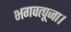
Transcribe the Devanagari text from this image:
भगवत्पूजा।